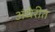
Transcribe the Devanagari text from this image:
अंधेरीत